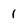
Character: 1